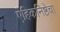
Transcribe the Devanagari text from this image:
ऐहिकनिष्ठेचा